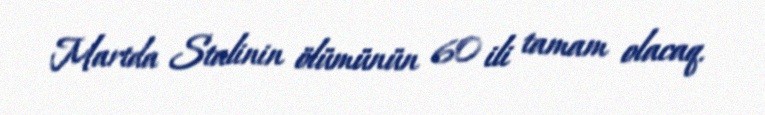
Martda Stalinin ölümünün 60 ili tamam olacaq.